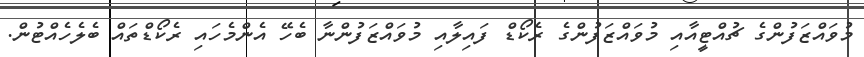
މުވައްޒަފުންގެ ޗުއްޓީއާއި މުވައްޒަފުންގެ ރެކޯޑް ފައިލާއި މުވައްޒަފުންނާ ބެހޭ އެންމެހައި ރެކޯޑްތައް ބެލެހެއްޓުން.